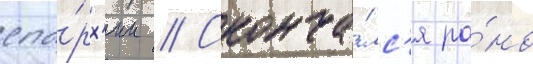
епа́рх'ии // Сконча́лс'я ра́но